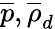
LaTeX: \overline{{p}},\overline{{\rho}}_{d}